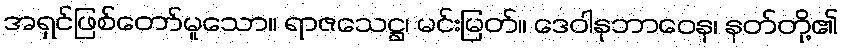
အရှင်ဖြစ်တော်မူသော။ ရာဇသေဋ္ဌ၊ မင်းမြတ်။ ဒေဝါနုဘာဝေန၊ နတ်တို့၏